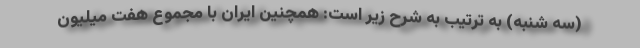
(سه شنبه) به ترتیب به شرح زیر است: همچنین ایران با مجموع هفت میلیون